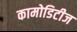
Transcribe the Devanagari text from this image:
कामोडिटीज